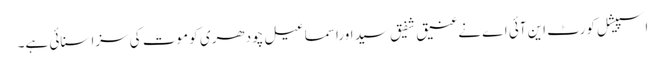
اسپیشل کورٹ این آئی اے نےعنیق شفیق سید اوراسماعیل چودھری کو موت کی سزا سنائی ہے۔